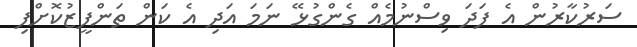
ސަރުކާރުން އެ ފަަދަ ވިސްނުމެއް ގެންގުޅޭ ނަމަ އަދި އެ ކަން ތަންފީޒުކޮށްފި